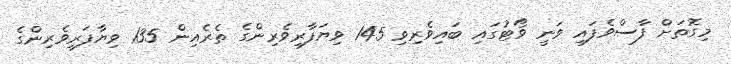
މިގޮތަށް ފާސްވެފައި ވަނީ ވޯޓުގައި ބައިވެރިވި 145 ވިޔަފާރިވެރިންގެ ތެރެއިން 135 ވިޔާފަރިވެރިންގެ